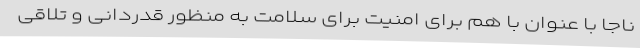
ناجا با عنوان با هم برای امنیت برای سلامت به منظور قدردانی و تلاقی